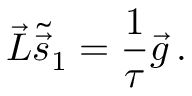
\vec { L } { \tilde { \vec { s } } } _ { 1 } = \frac { 1 } { \tau } { \vec { g } } \, .